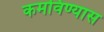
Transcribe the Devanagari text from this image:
कमविण्यास